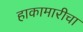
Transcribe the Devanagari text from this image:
हाकामारीचा